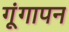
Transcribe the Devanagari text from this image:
गूंगापन